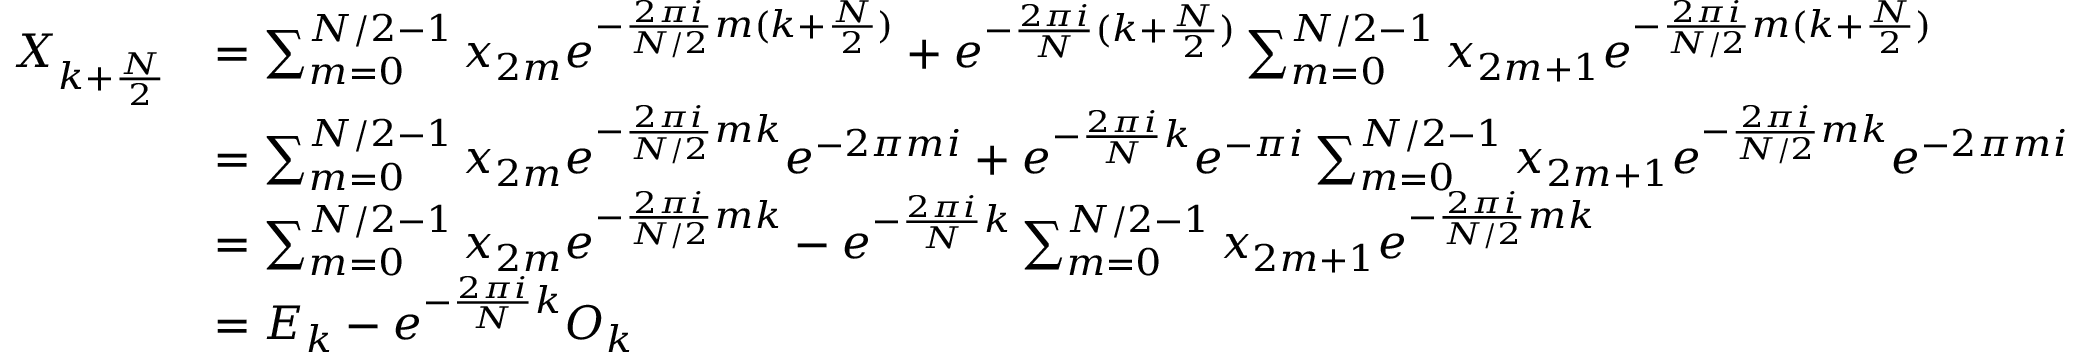
{ \begin{array} { r l } { X _ { k + { \frac { N } { 2 } } } } & { = \sum _ { m = 0 } ^ { N / 2 - 1 } x _ { 2 m } e ^ { - { \frac { 2 \pi i } { N / 2 } } m ( k + { \frac { N } { 2 } } ) } + e ^ { - { \frac { 2 \pi i } { N } } ( k + { \frac { N } { 2 } } ) } \sum _ { m = 0 } ^ { N / 2 - 1 } x _ { 2 m + 1 } e ^ { - { \frac { 2 \pi i } { N / 2 } } m ( k + { \frac { N } { 2 } } ) } } \\ & { = \sum _ { m = 0 } ^ { N / 2 - 1 } x _ { 2 m } e ^ { - { \frac { 2 \pi i } { N / 2 } } m k } e ^ { - 2 \pi m i } + e ^ { - { \frac { 2 \pi i } { N } } k } e ^ { - \pi i } \sum _ { m = 0 } ^ { N / 2 - 1 } x _ { 2 m + 1 } e ^ { - { \frac { 2 \pi i } { N / 2 } } m k } e ^ { - 2 \pi m i } } \\ & { = \sum _ { m = 0 } ^ { N / 2 - 1 } x _ { 2 m } e ^ { - { \frac { 2 \pi i } { N / 2 } } m k } - e ^ { - { \frac { 2 \pi i } { N } } k } \sum _ { m = 0 } ^ { N / 2 - 1 } x _ { 2 m + 1 } e ^ { - { \frac { 2 \pi i } { N / 2 } } m k } } \\ & { = E _ { k } - e ^ { - { \frac { 2 \pi i } { N } } k } O _ { k } } \end{array} }